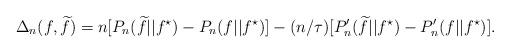
LaTeX: \begin{align*} \Delta_n(f,\widetilde{f}) = n[P_n(\widetilde{f}||f^{\star})-P_n(f||f^{\star})] - (n/\tau)[P^{\prime}_n(\widetilde{f}||f^{\star}) - P^{\prime}_n(f||f^{\star})].\end{align*}